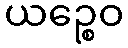
ယဉ္စေဝ